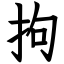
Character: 拘